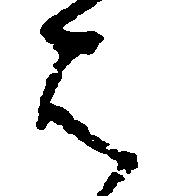
は